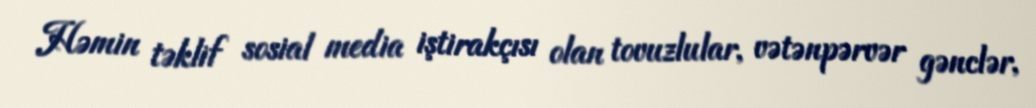
Həmin təklif sosial media iştirakçısı olan tovuzlular, vətənpərvər gənclər,